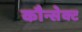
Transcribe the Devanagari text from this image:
कौन्सेक्ट